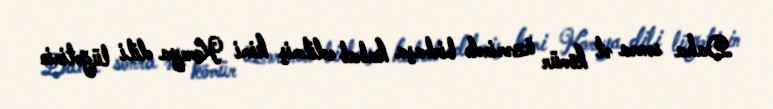
Daha sonra ət kömür üzərində birbaşa kabab edilmiş kimi Koreya dili lüğətinin